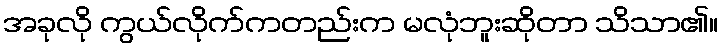
အခုလို ကွယ်လိုက်ကတည်းက မလုံဘူးဆိုတာ သိသာ၏။